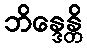
ဘိန္ဒေန္တိ